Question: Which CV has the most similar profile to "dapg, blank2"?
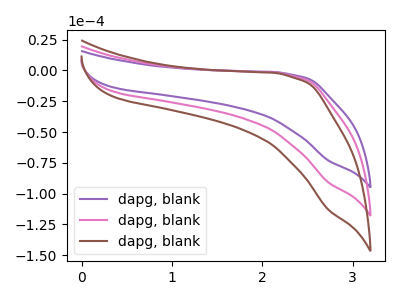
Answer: <think>The purple curve "dapg, blank1" has no peaks. The pink curve "dapg, blank2" has no peaks. The brown curve "dapg, blank3" has no peaks.
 Neither "dapg, blank1" or "dapg, blank2" have any peaks. Neither "dapg, blank1" or "dapg, blank3" have any peaks. Neither "dapg, blank2" or "dapg, blank3" have any peaks.</think>
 <answer>"dapg, blank2" and "dapg, blank3" have a similar shape to "dapg, blank1".</answer>
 <eval>"dapg, blank2" "dapg, blank3"</eval>